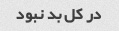
در کل بد نبود